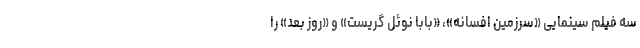
سه فیلم سینمایی «سرزمین افسانه»، «بابا نوئل گریست» و «روز بعد» را